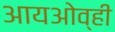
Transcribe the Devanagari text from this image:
आयओव्ही